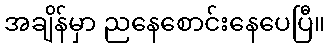
အချိန်မှာ ညနေစောင်းနေပေပြီ။